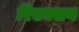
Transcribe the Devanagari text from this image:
रिएक्सन